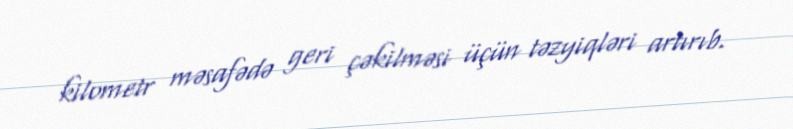
kilometr məsafədə geri çəkilməsi üçün təzyiqləri artırıb.